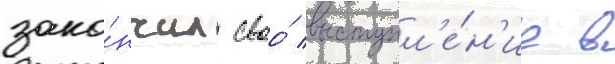
зако́нчил своо́ выступл'е́н'ие в